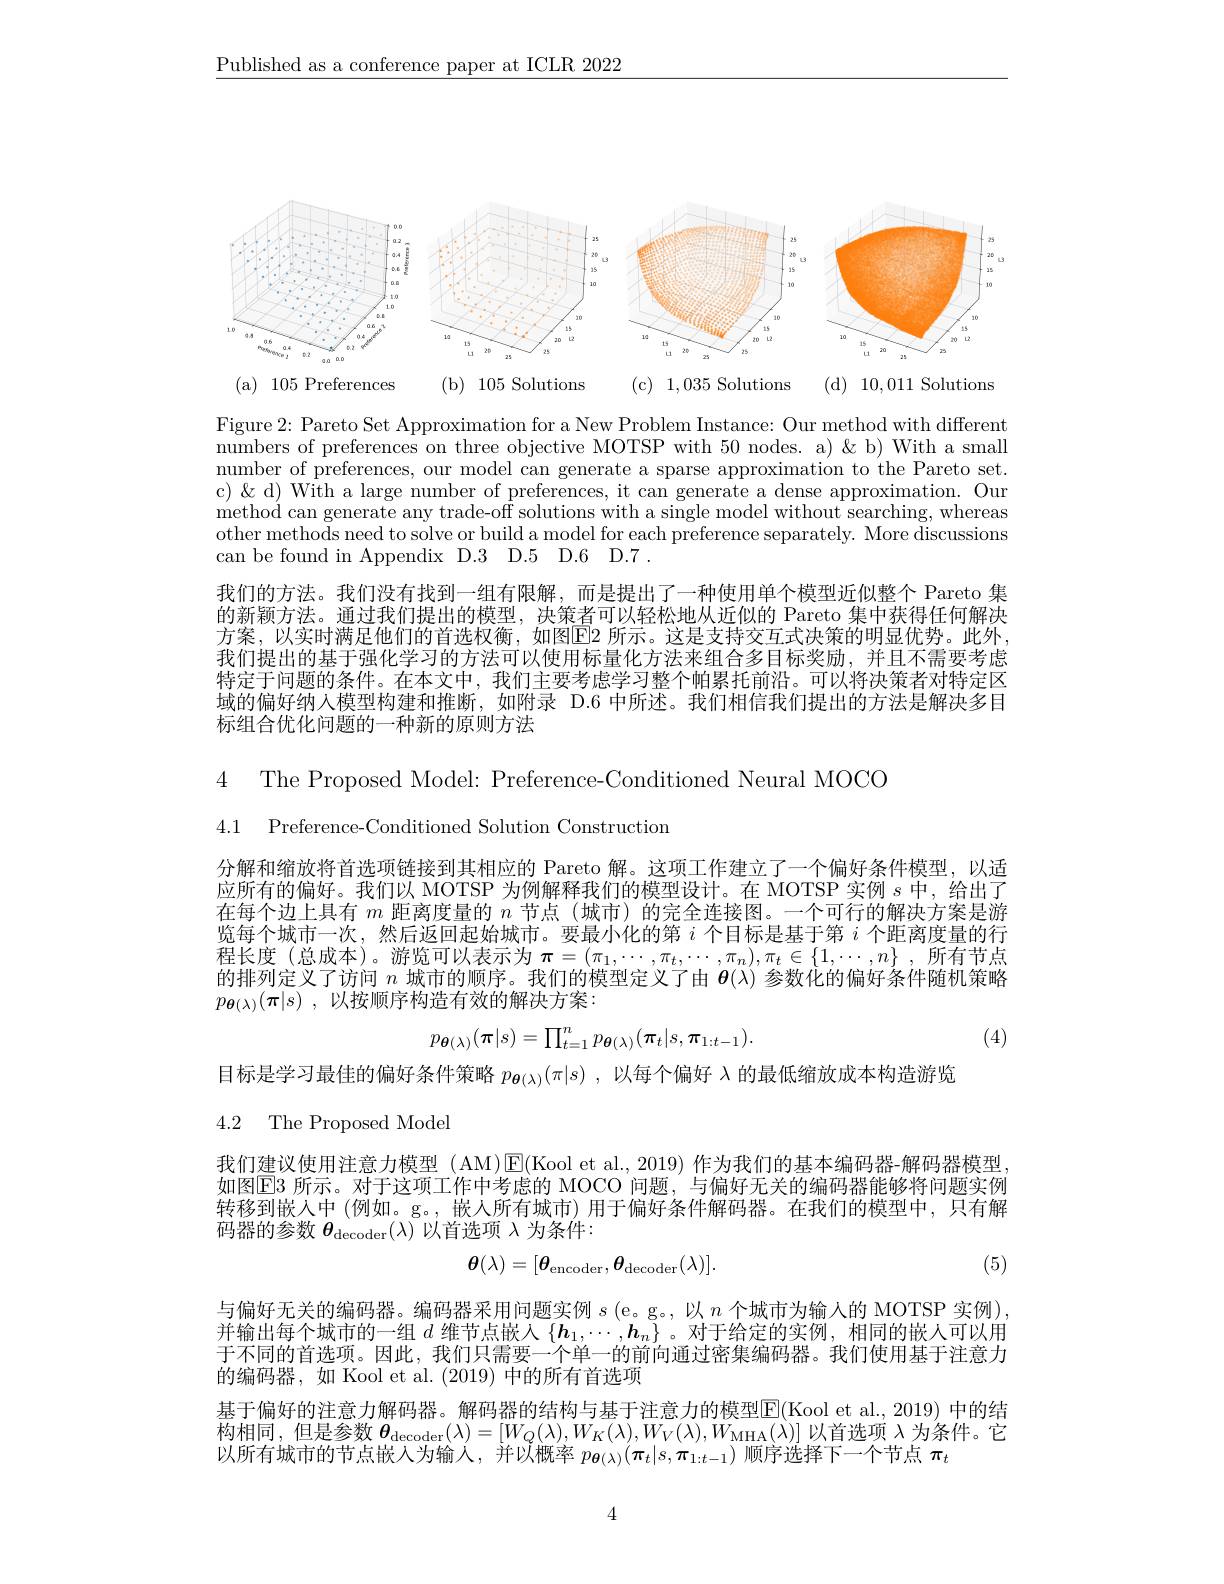
$\underline{\text{Published as a conference paper at ICLR 2022}}$

<FigureHere>

Figure 2: Pareto Set Approximation for a New Problem Instance: Our method with different numbers of preferences on three objective MOTSP with 50 nodes. a) $\&$ b) With a small number of preferences, our model can generate a sparse approximation to the Pareto set. c) & & d) With a large number of preferences, it can generate a dense approximation. Our method can generate any trade-off solutions with a single model without searching, whereas other methods need to solve or build a model for each preference separately. More discussions can be found in Appendix D.3 D.5 D.6 D.7 .
我们的方法。我们没有找到一组有限解，而是提出了一种使用单个模型近似整个 Pareto 集的新颖方法。通过我们提出的模型，决策者可以轻松地从近似的 Pareto 集中获得任何解决方案，以实时满足他们的首选权衡，如图E2 所示。这是支持交互式决策的明显优势。此外， 我们提出的基于强化学习的方法可以使用标量化方法来组合多目标奖励，并且不需要考虑特定于问题的条件。在本文中，我们主要考虑学习整个帕累托前沿。可以将决策者对特定区域的偏好纳人模型构建和推断，如附录 D.6 中所述。我们相信我们提出的方法是解决多目标组合优化问题的一种新的原则方法

4 The Proposed Model: Preference-Conditioned Neural MOCC

4.1 Preference-Conditioned Solution Construction

分解和缩放将首选项链接到其相应的 Pareto 解。这项工作建立了一个偏好条件模型，以适应所有的偏好。我们以 MOTSP 为例解释我们的模型设计。在 MOTSP 实例$s$中，给出了在每个边上具有$m$距离度量的$n$节点 (城市)的完全连接图。一个可行的解决方案是游览每个城市一次，然后返回起始城市。要最小化的第$i$个目标是基于第$i$个距离度量的行程长度 (总成本)。游览可以表示为$\pi=(\pi_1,\cdots,\pi_t,\cdots,\pi_n),\pi_t\in\{1,\cdots,n\}$,所有节点的排列定义了访问$n$城市的顺序。我们的模型定义了由$\boldsymbol{\theta}(\lambda)$参数化的偏好条件随机策略$p_{\boldsymbol{\theta }( \lambda ) }( \boldsymbol{\pi }| s)$ , 以按顺序构造有效的解决方案：
$$p_{\theta(\lambda)}(\pi|s)=\prod_{t=1}^{n}p_{\theta(\lambda)}(\pi_{t}|s,\pi_{1:t-1}).$$
(4)

目标是学习最佳的偏好条件策略$p_{\boldsymbol{\theta}(\lambda)}(\pi|s)$ ,以每个偏好 λ的最低缩放成本构造游览
4.2 The Proposed Model

我们建议使用注意力模型 (AM)$\operatorname{E}($Kool et al., 2019) 作为我们的基本编码器-解码器模型， 如图E3 所示。对于这项工作中考虑的 MOCO 问题，与偏好无关的编码器能够将问题实例转移到嵌人中(例如。g。,嵌入所有城市)用于偏好条件解码器。在我们的模型中，只有解码器的参数$\theta_\mathrm{decoder}(\lambda)$以首选项$\lambda$为条件：
$$\boldsymbol{\theta}(\lambda)=[\boldsymbol{\theta}_{\mathrm{encoder}},\boldsymbol{\theta}_{\mathrm{decoder}}(\lambda)].$$
(5)

与偏好无关的编码器。编码器采用问题实例$s\left(\mathrm{e}\text{。g。,以 }n\text{ 个城市为输人的 MOTSP 实例}\right)$, 并输出每个城市的一组$d$维节点嵌入$\{\boldsymbol h_1,\cdots,\boldsymbol h_n\}$ 。对于给定的实例，相同的嵌人可以用于不同的首选项。因此，我们只需要一个单一的前向通过密集编码器。我们使用基于注意力的编码器，如 Kool et al. (2019) 中的所有首选项
基于偏好的注意力解码器。解码器的结构与基于注意力的模型E(Kool et al., 2019) 中的结构相同，但是参数$\boldsymbol{\theta}_\mathrm{decoder}(\lambda)=[W_Q(\lambda),W_K(\lambda),W_V(\lambda),W_\mathrm{MHA}(\lambda)]$以首选项$\lambda$为条件。它以所有城市的节点嵌人为输入，并以概率$p_{\boldsymbol{\theta}(\lambda)}(\boldsymbol{\pi}_t|s,\boldsymbol{\pi}_{1:t-1})$顺序选择下一个节点$\pi_t$

4